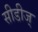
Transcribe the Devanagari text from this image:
सीडीज्